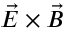
\vec { E } \times \vec { B }